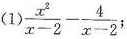
(1) $$\frac{x^{2}}{x-2} - \frac{4}{x-2}$$;